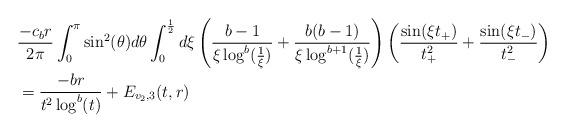
LaTeX: \begin{align*} &\frac{-c_{b}r}{2\pi} \int_{0}^{\pi} \sin^{2}(\theta)d\theta \int_{0}^{\frac{1}{2}} d\xi \left(\frac{b-1}{\xi \log^{b}(\frac{1}{\xi})} + \frac{b(b-1)}{\xi \log^{b+1}(\frac{1}{\xi})}\right) \left(\frac{\sin(\xi t_{+})}{t_{+}^{2}} + \frac{\sin(\xi t_{-})}{t_{-}^{2}}\right)\\&= \frac{-b r}{t^{2} \log^{b}(t)} + E_{v_{2},3}(t,r)\end{align*}